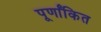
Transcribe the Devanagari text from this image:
पूर्णांकित